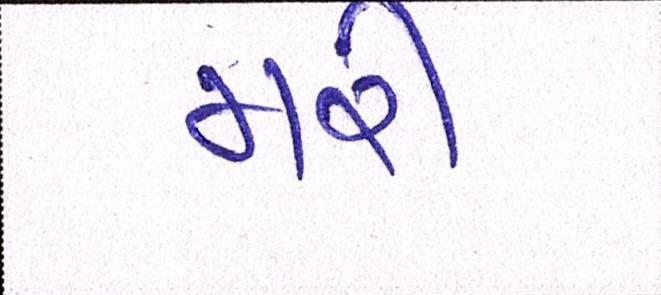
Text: મરી